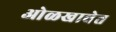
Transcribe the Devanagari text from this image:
ओळखावेत